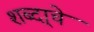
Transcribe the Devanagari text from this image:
शब्दा्चे